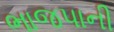
ભાજપાની